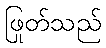
ဖြုတ်သည်